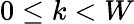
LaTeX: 0\leq k<W